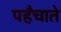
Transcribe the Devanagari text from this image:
पहँचाते